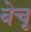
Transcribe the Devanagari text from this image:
बेचू